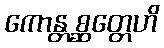
ကောန္တစ္ဆတ္တေဟိ